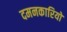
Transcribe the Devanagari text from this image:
दमनकारियों